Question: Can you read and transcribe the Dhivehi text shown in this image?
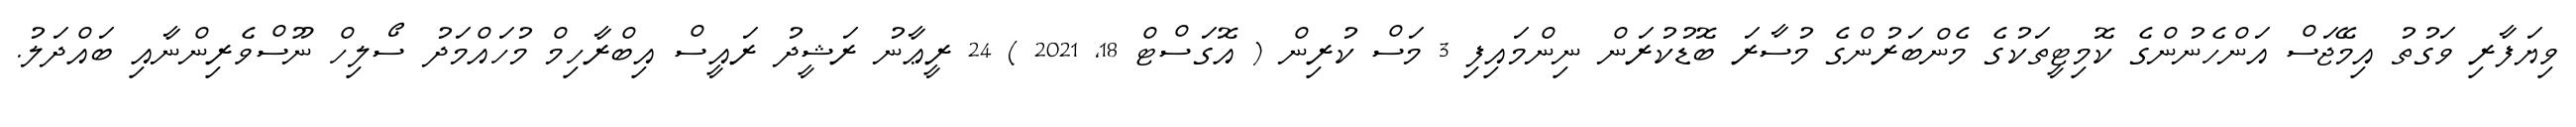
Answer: ވިޔަފާރި ވަގުތު އިމޭޖަސް އަންހެނުންގެ ކޮމިޓީތަކުގެ މެންބަރުންގެ މުސާރަ ބޮޑުކުރަން ނިންމައިފި 3 މަސް ކުރިން ( އޮގަސްޓް 18, 2021 ) 24 ރީޢާނު ރަޝީދު ރައީސް އިބްރާހިމް މުހައްމަދު ސޯލިހް ނޫސްވެރިންނާއި ބައްދަލު.